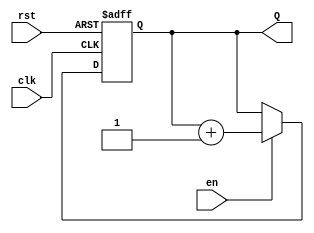
module binary_up_counter #(parameter N = 4) (
    input wire clk,        // Clock input
    input wire rst,        // Asynchronous reset
    input wire en,        // Counter enable
    output reg [N-1:0] Q  // N-bit output count
);

// Always block triggered on the rising edge of the clock or when reset is asserted
always @(posedge clk or posedge rst) begin
    if (rst) begin
        Q <= 0; // Reset the counter to 0
    end else if (en) begin
        Q <= Q + 1; // Increment the counter
    end
end

endmodule